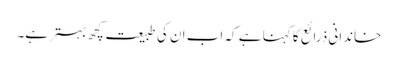
خاندانی ذرائع کا کہنا ہے کہ اب ان کی طبیعت کچھ بہتر ہے۔